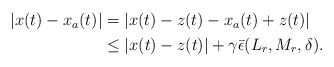
\begin{align*} \begin{aligned}|x(t)-x_a(t)|&=|x(t)-z(t)-x_a(t)+z(t)| \\ & \leq |x(t)-z(t)| +\gamma \bar \epsilon(L_r,M_r, \delta).\end{aligned}\end{align*}